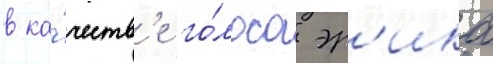
в ка́честв'е го́лоса эр'ика